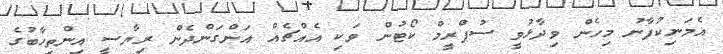
އެމަނިކުފާނު މިހެން ވިދާޅުވީ ސުޕްރީމް ކޯޓުން ވަކި އެއްޗެއް އަންގަންދެން ރިޔާސީ އިންތިހާބުގެ